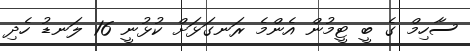
ސާހިމް ގެ ބީ ޓީމުން އެންމެ ރަނގަޅަށް ކުޅުނީ 16 ލަނޑު ހެދި